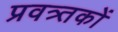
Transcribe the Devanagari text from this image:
प्रवत्र्तकों